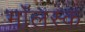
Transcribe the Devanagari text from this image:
मॉलस्क